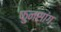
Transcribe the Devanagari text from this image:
फुनसांग